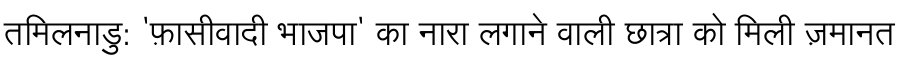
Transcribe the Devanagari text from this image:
तमिलनाडु: 'फ़ासीवादी भाजपा' का नारा लगाने वाली छात्रा को मिली ज़मानत